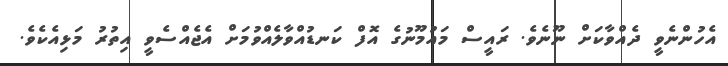
އެހުންނެވީ ދެއްވާކަށް ނޫނެވެ. ރައީސް މައުމޫނުގެ އޮފް ކަނޑުއްވާލެއްވުމަށް އެޖެއްސެވީ އިތުރު މަޅިއެކެވެ.